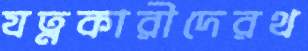
যত্নকারীদেরথ